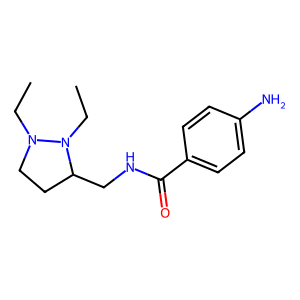
SMILES: CCN1CCC(CNC(=O)c2ccc(N)cc2)N1CC
Inhibits HIV replication: No